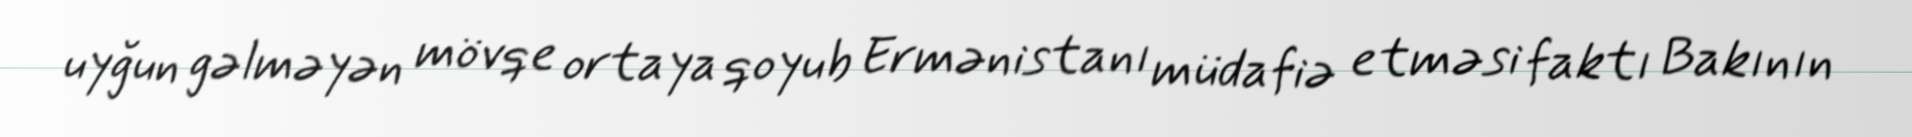
uyğun gəlməyən mövqe ortaya qoyub Ermənistanı müdafiə etməsi faktı Bakının